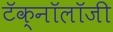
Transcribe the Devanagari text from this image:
टॅक्नॉलॉजी